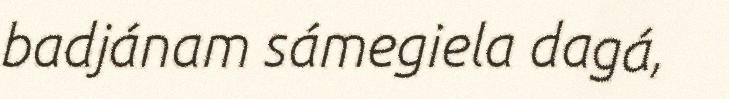
badjánam sámegiela dagá,